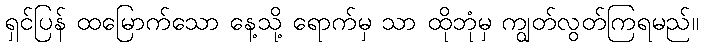
ရှင်ပြန် ထမြောက်သော နေ့သို့ ရောက်မှ သာ ထိုဘုံမှ ကျွတ်လွတ်ကြရမည်။